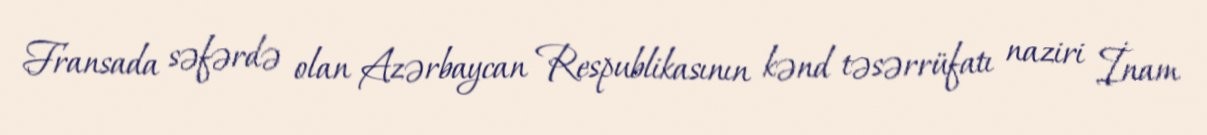
Fransada səfərdə olan Azərbaycan Respublikasının kənd təsərrüfatı naziri İnam